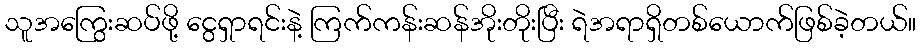
သူအကြွေးဆပ်ဖို့ ငွေရှာရင်းနဲ့ ကြက်ကန်းဆန်အိုးတိုးပြီး ရဲအရာရှိတစ်ယောက်ဖြစ်ခဲ့တယ်။